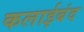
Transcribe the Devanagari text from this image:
कलाईबंद